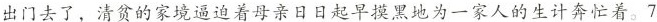
出门去了，清贫的家境逼迫着母亲日日起早摸黑地为一家人的生计奔忙着。7